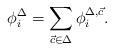
LaTeX: \begin{align*}\phi^{\Delta}_{i}=\sum_{\vec{c} \in \Delta}\phi^{\Delta,\vec{c}}_{i} . \end{align*}